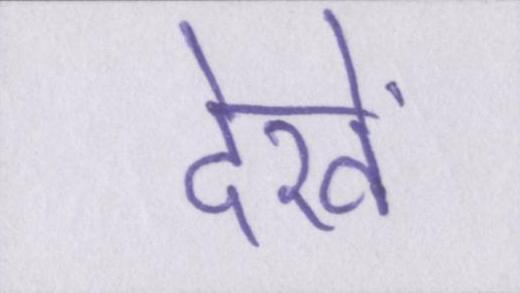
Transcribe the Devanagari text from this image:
देखें